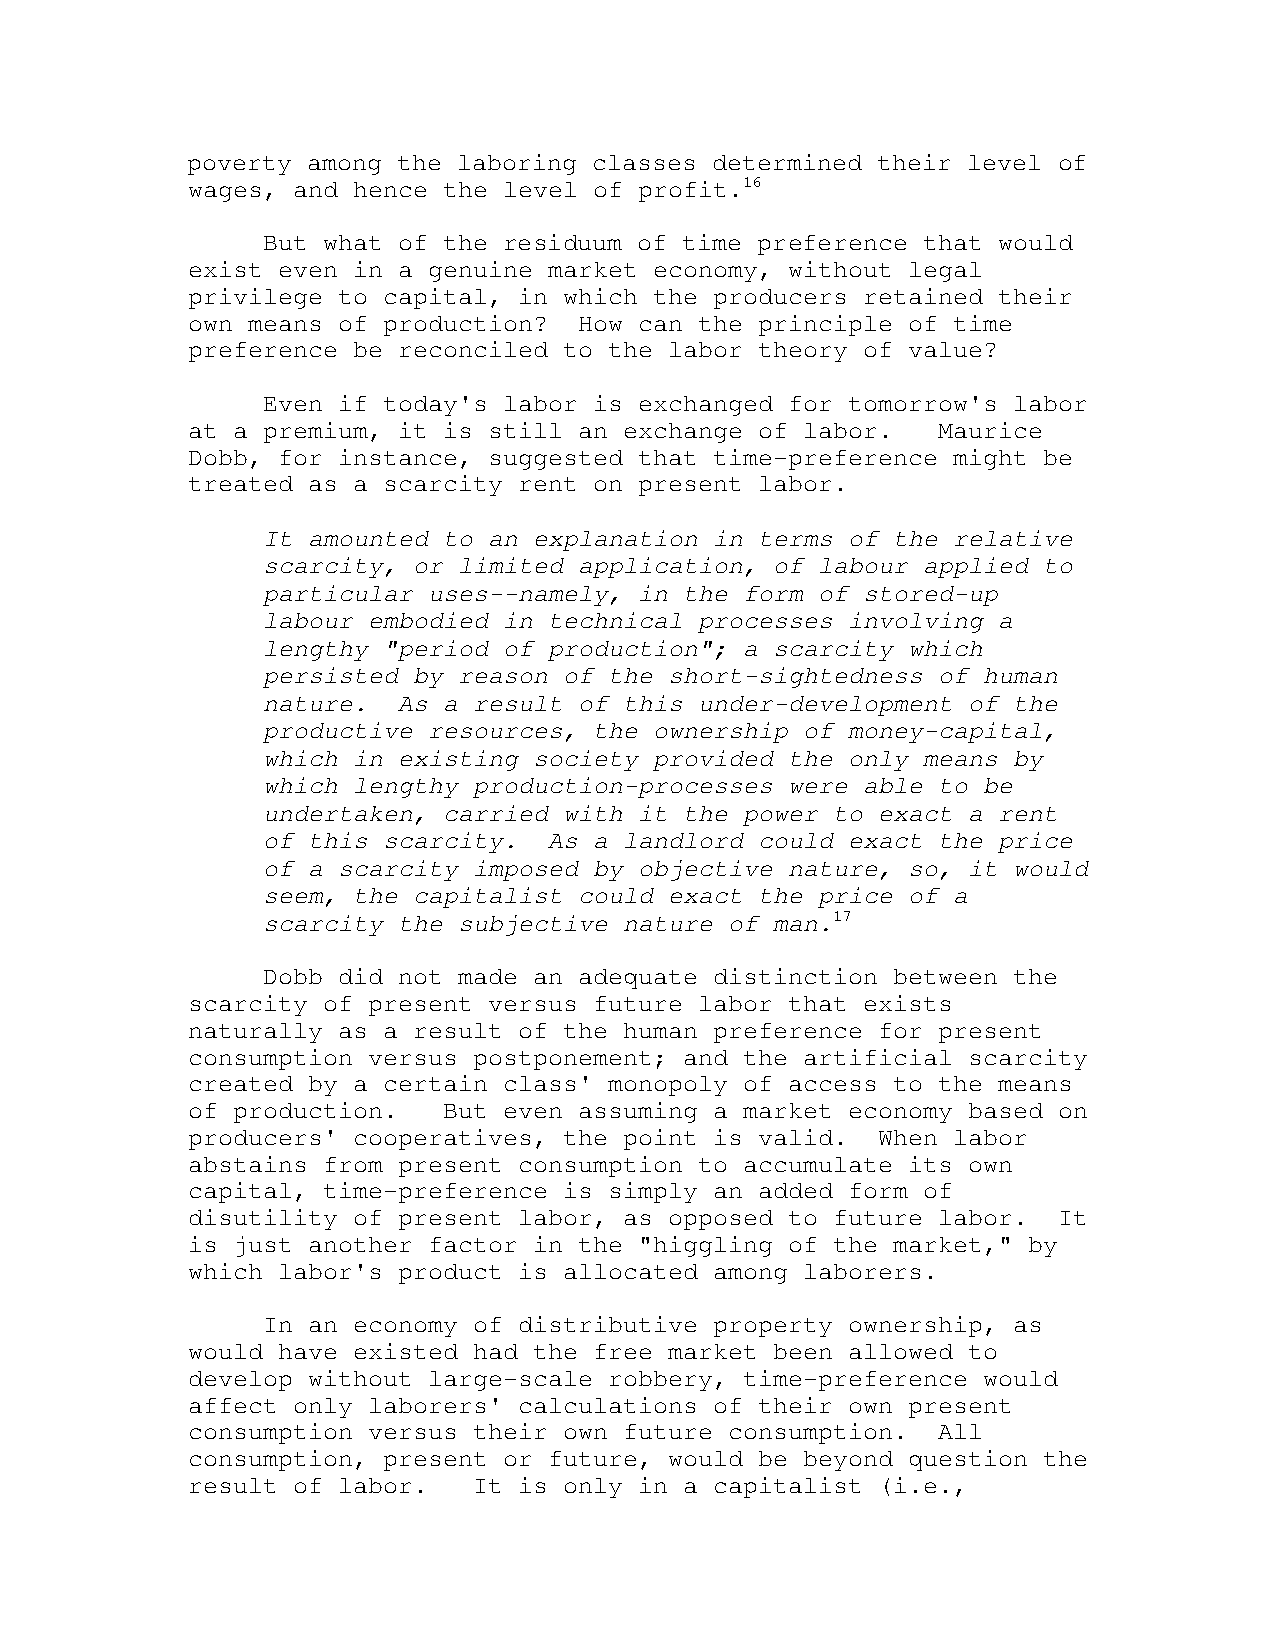
poverty among the laboring classes determined their level of
 wages, and hence the level of profit.16
 But what of the residuum of time preference that would
 exist even in a genuine market economy, without legal
 privilege to capital, in which the producers retained their
 own means of production?  How can the principle of time
 preference be reconciled to the labor theory of value?
 Even if today's labor is exchanged for tomorrow's labor
 at a premium, it is still an exchange of labor.   Maurice
 Dobb, for instance, suggested that time-preference might be
 treated as a scarcity rent on present labor.
 It amounted to an explanation in terms of the relative
 scarcity, or limited application, of labour applied to
 particular uses--namely, in the form of stored-up
 labour embodied in technical processes involving a
 lengthy "period of production"; a scarcity which
 persisted by reason of the short-sightedness of human
 nature.  As a result of this under-development of the
 productive resources, the ownership of money-capital,
 which in existing society provided the only means by
 which lengthy production-processes were able to be
 undertaken, carried with it the power to exact a rent
 of this scarcity.  As a landlord could exact the price
 of a scarcity imposed by objective nature, so, it would
 seem, the capitalist could exact the price of a
 scarcity the subjective nature of man.17
 Dobb did not made an adequate distinction between the
 scarcity of present versus future labor that exists
 naturally as a result of the human preference for present
 consumption versus postponement; and the artificial scarcity
 created by a certain class' monopoly of access to the means
 of production.   But even assuming a market economy based on
 producers' cooperatives, the point is valid.  When labor
 abstains from present consumption to accumulate its own
 capital, time-preference is simply an added form of
 disutility of present labor, as opposed to future labor.  It
 is just another factor in the "higgling of the market," by
 which labor's product is allocated among laborers.
 In an economy of distributive property ownership, as
 would have existed had the free market been allowed to
 develop without large-scale robbery, time-preference would
 affect only laborers' calculations of their own present
 consumption versus their own future consumption.  All
 consumption, present or future, would be beyond question the
 result of labor.   It is only in a capitalist (i.e.,